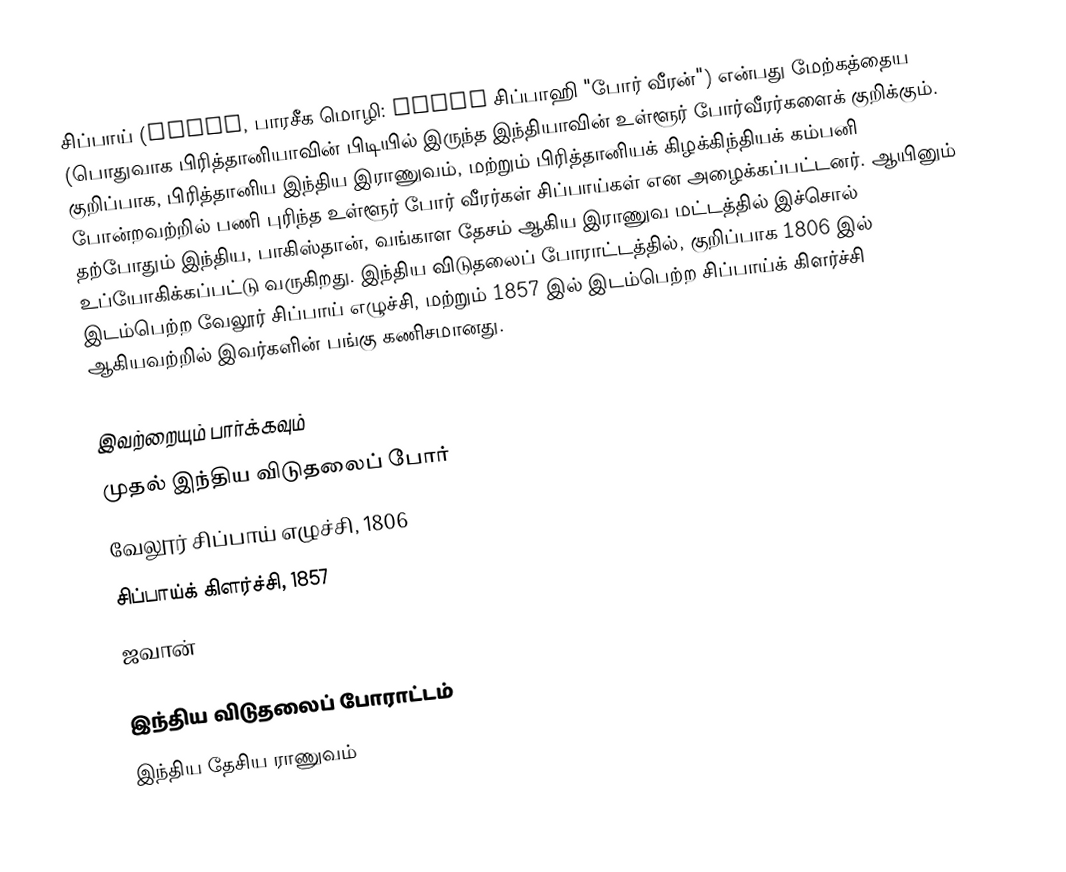
சிப்பாய் (sepoy, பாரசீக மொழி: سپاهی சிப்பாஹி "போர் வீரன்") என்பது மேற்கத்தைய (பொதுவாக பிரித்தானியாவின் பிடியில் இருந்த இந்தியாவின் உள்ளூர் போர்வீரர்களைக் குறிக்கும். குறிப்பாக, பிரித்தானிய இந்திய இராணுவம், மற்றும் பிரித்தானியக் கிழக்கிந்தியக் கம்பனி போன்றவற்றில் பணி புரிந்த உள்ளூர் போர் வீரர்கள் சிப்பாய்கள் என அழைக்கப்பட்டனர். ஆயினும் தற்போதும் இந்திய, பாகிஸ்தான், வங்காள தேசம் ஆகிய இராணுவ மட்டத்தில் இச்சொல் உப்யோகிக்கப்பட்டு வருகிறது. இந்திய விடுதலைப் போராட்டத்தில், குறிப்பாக 1806 இல் இடம்பெற்ற வேலூர் சிப்பாய் எழுச்சி, மற்றும் 1857 இல் இடம்பெற்ற சிப்பாய்க் கிளர்ச்சி ஆகியவற்றில் இவர்களின் பங்கு கணிசமானது.

இவற்றையும் பார்க்கவும்
முதல் இந்திய விடுதலைப் போர்
வேலூர் சிப்பாய் எழுச்சி, 1806
சிப்பாய்க் கிளர்ச்சி, 1857
ஜவான்

இந்திய விடுதலைப் போராட்டம்
இந்திய தேசிய ராணுவம்